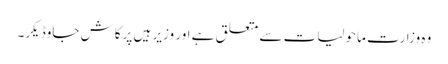
وہ وزارت ماحولیات سے متعلق ہے اور وزیر ہیں پرکاش جاوڈیکر۔